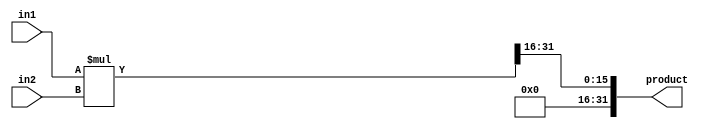
module fixed_point_multiplier (
    input [15:0] in1, // Input fixed-point number 1 (Q15.0 format)
    input [15:0] in2, // Input fixed-point number 2 (Q15.0 format)
    output reg [31:0] product // Output fixed-point product (Q15.0 format)
);

reg [31:0] partial_product;
reg [3:0] shift_count;

always @(*) begin
    partial_product = in1 * in2;
    for (shift_count = 0; shift_count < 16; shift_count = shift_count + 1) begin
        partial_product = partial_product >> 1;
    end
    product = partial_product;
end

endmodule